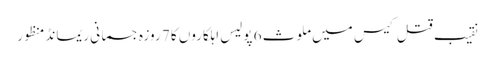
نقیب قتل کیس میں ملوث 6 پولیس اہلکاروں کا 7 روزہ جسمانی ریمانڈ منظور